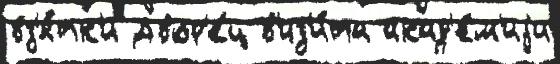
вз'я́тк'и Двор'е́ц в'из'и́та акад'е́м'иjи